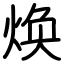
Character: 焕